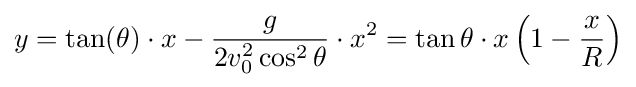
y=\tan(\theta )\cdot x-{\frac {g}{2v_{0}^{2}\cos ^{2}\theta }}\cdot x^{2}=\tan \theta \cdot x\left(1-{\frac {x}{R}}\right)